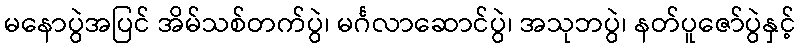
မနောပွဲအပြင် အိမ်သစ်တက်ပွဲ၊ မင်္ဂလာဆောင်ပွဲ၊ အသုဘပွဲ၊ နတ်ပူဇော်ပွဲနှင့်